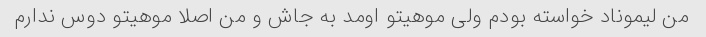
من لیموناد خواسته بودم ولی موهیتو اومد به جاش و من اصلا موهیتو دوس ندارم